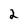
Character: 2